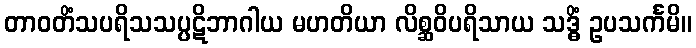
တာဝတိံသပရိသသပ္ပဋိဘာဂါယ မဟတိယာ လိစ္ဆဝိပရိသာယ သဒ္ဓိံ ဥပသင်္ကမိ။